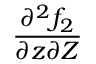
\frac { \partial ^ { 2 } f _ { 2 } } { \partial z \partial Z }